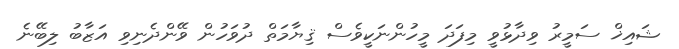
ޝައިޚް ސަމީރު ވިދާޅުވީ މިފަދަ މީހުންނަކީވެސް ޤިޔާމަތް ދުވަހުން ވޭންދެނިވި އަޒާބު ލިބޭނެ